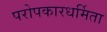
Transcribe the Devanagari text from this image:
परोपकारधर्मिता